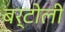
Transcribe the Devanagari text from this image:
बर्टोली